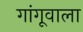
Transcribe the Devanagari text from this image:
गांगूवाला